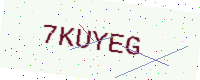
Text: 7KUYEG